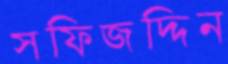
সফিজদ্দিন